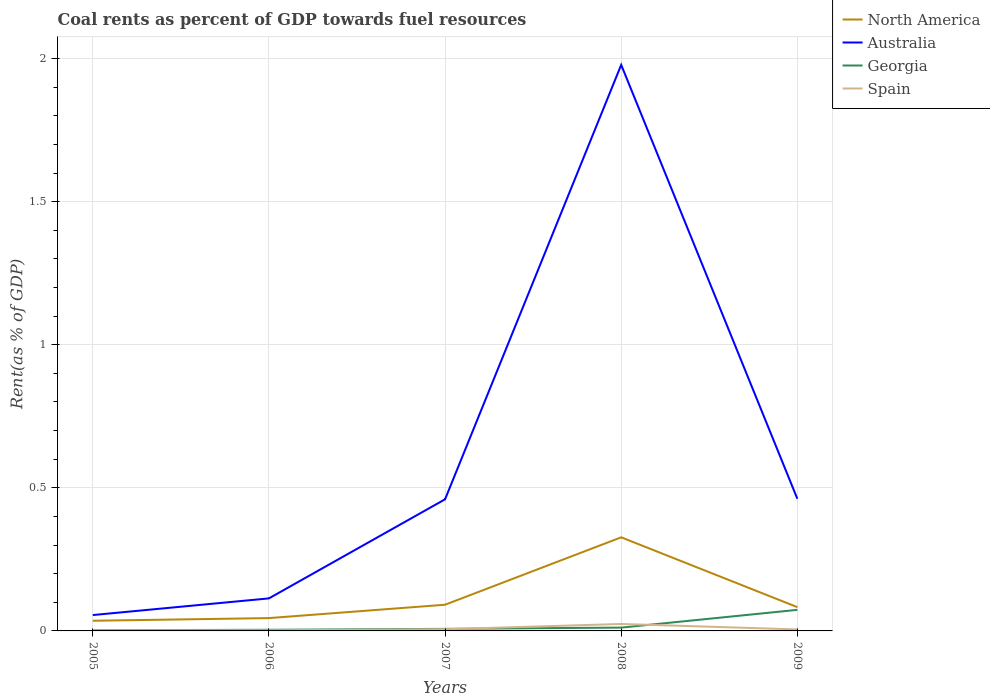
| Years | North America | Australia | Georgia | Spain |
 | --- | --- | --- | --- | --- |
 | 2005 | 0.0355 | 0.0554 | 0.00238 | 0.00167 |
 | 2006 | 0.0448 | 0.114 | 0.004 | 0.0022 |
 | 2007 | 0.0915 | 0.46 | 0.00719 | 0.00591 |
 | 2008 | 0.327 | 1.98 | 0.0116 | 0.0243 |
 | 2009 | 0.0831 | 0.462 | 0.0736 | 0.0052 |